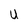
Character: U